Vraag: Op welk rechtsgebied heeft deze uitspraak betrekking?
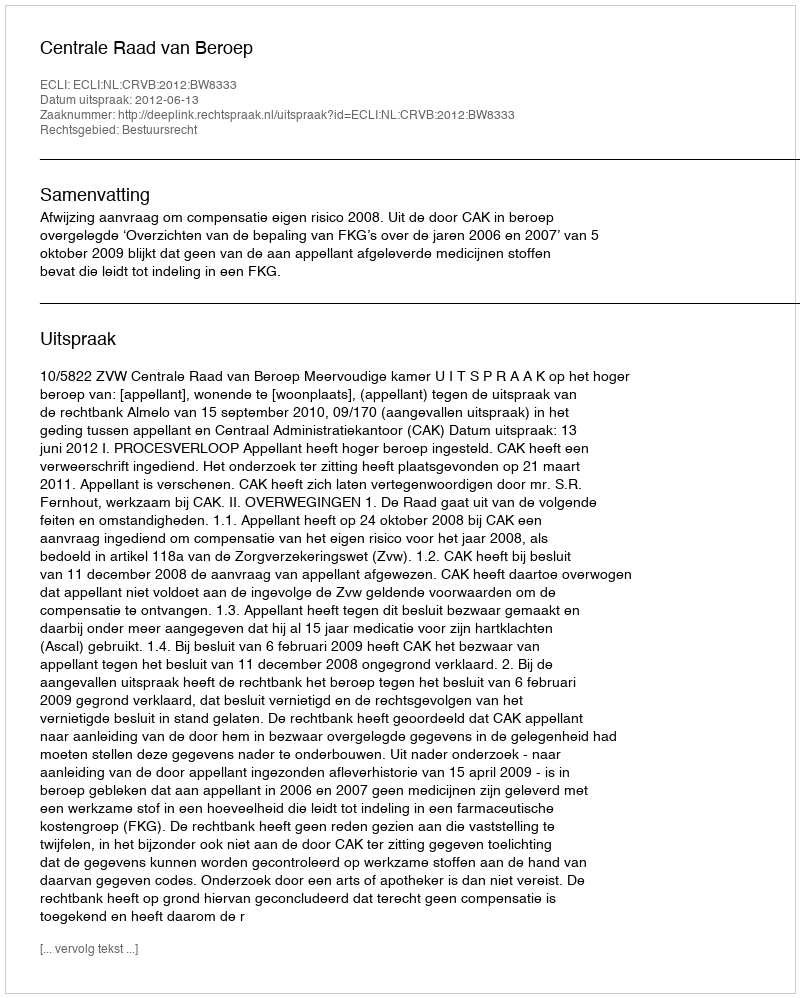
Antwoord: Bestuursrecht